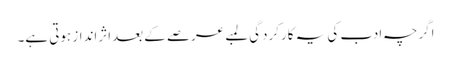
اگرچہ ادب کی یہ کارکردگی لمبے عرصے کے بعداثرانداز ہوتی ہے۔